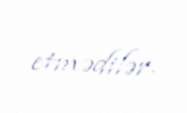
etmədilər.